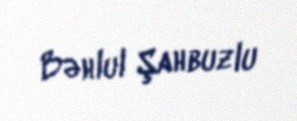
Bəhlul Şahbuzlu